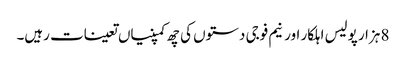
8 ہزار پولیس اہلکار اور نیم فوجی دستوں کی چھ کمپنیاں تعینات رہیں۔